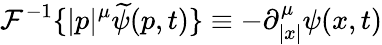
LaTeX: {\cal{F}}^{-1}\{ |p|^{\mu}\widetilde{\psi}(p,t)\} \equiv-\partial_{|x|}^{\mu}\psi(x,t)